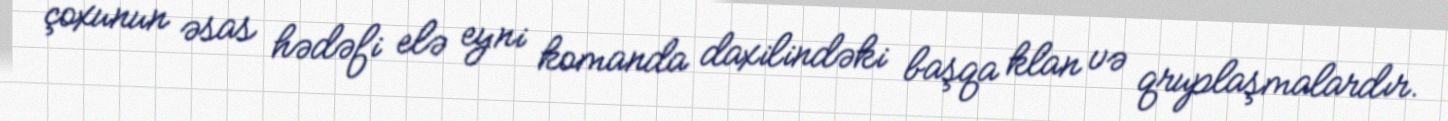
çoxunun əsas hədəfi elə eyni komanda daxilindəki başqa klan və qruplaşmalardır.